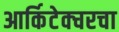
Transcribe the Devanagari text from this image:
आर्किटेक्चरचा